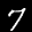
Label: 7